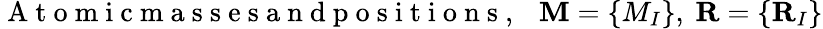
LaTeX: \mathrm{~A~t~o~m~i~c~m~a~s~s~e~s~a~n~d~p~o~s~i~t~i~o~n~s~,~~~}{\mathbf M}=\{ M_{I}\} ,~{\mathbf R}=\{ {\mathbf R}_{I}\}